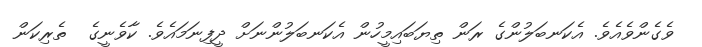
ވެގެންވެއެވެ. އެކަނބަލުންގެ ރަން ތިޔަބައިމީހުން އެކަނބަލުންނަށް ދީފިނަމައެވެ. ކާވެނީގެ  ތެރިކަން